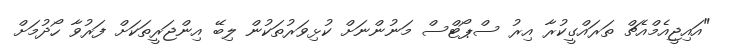
"އައިޖީއެމްއެޗް ތަރައްގީކުރާ އިރު ސްޕޯޓްސް މަނުންނަށް ކުޅިވަރުތަކުން ލިބޭ އިންޖަރީތަކަށް ފަރުވާ ހޯދުމަށް